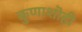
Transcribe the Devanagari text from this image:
कुणाशॊही